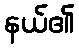
နယ်၏